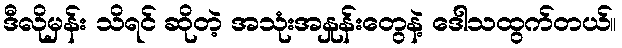
ဒီလိုမှန်း သိရင် ဆိုတဲ့ အသုံးအနှုန်းတွေနဲ့ ဒေါသထွက်တယ်။